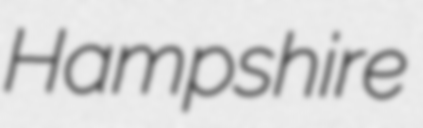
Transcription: Hampshire